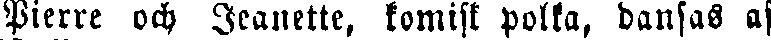
Pierre och Jeanette, komisk polka, dansas af